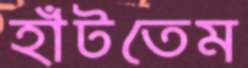
হাঁটতেম